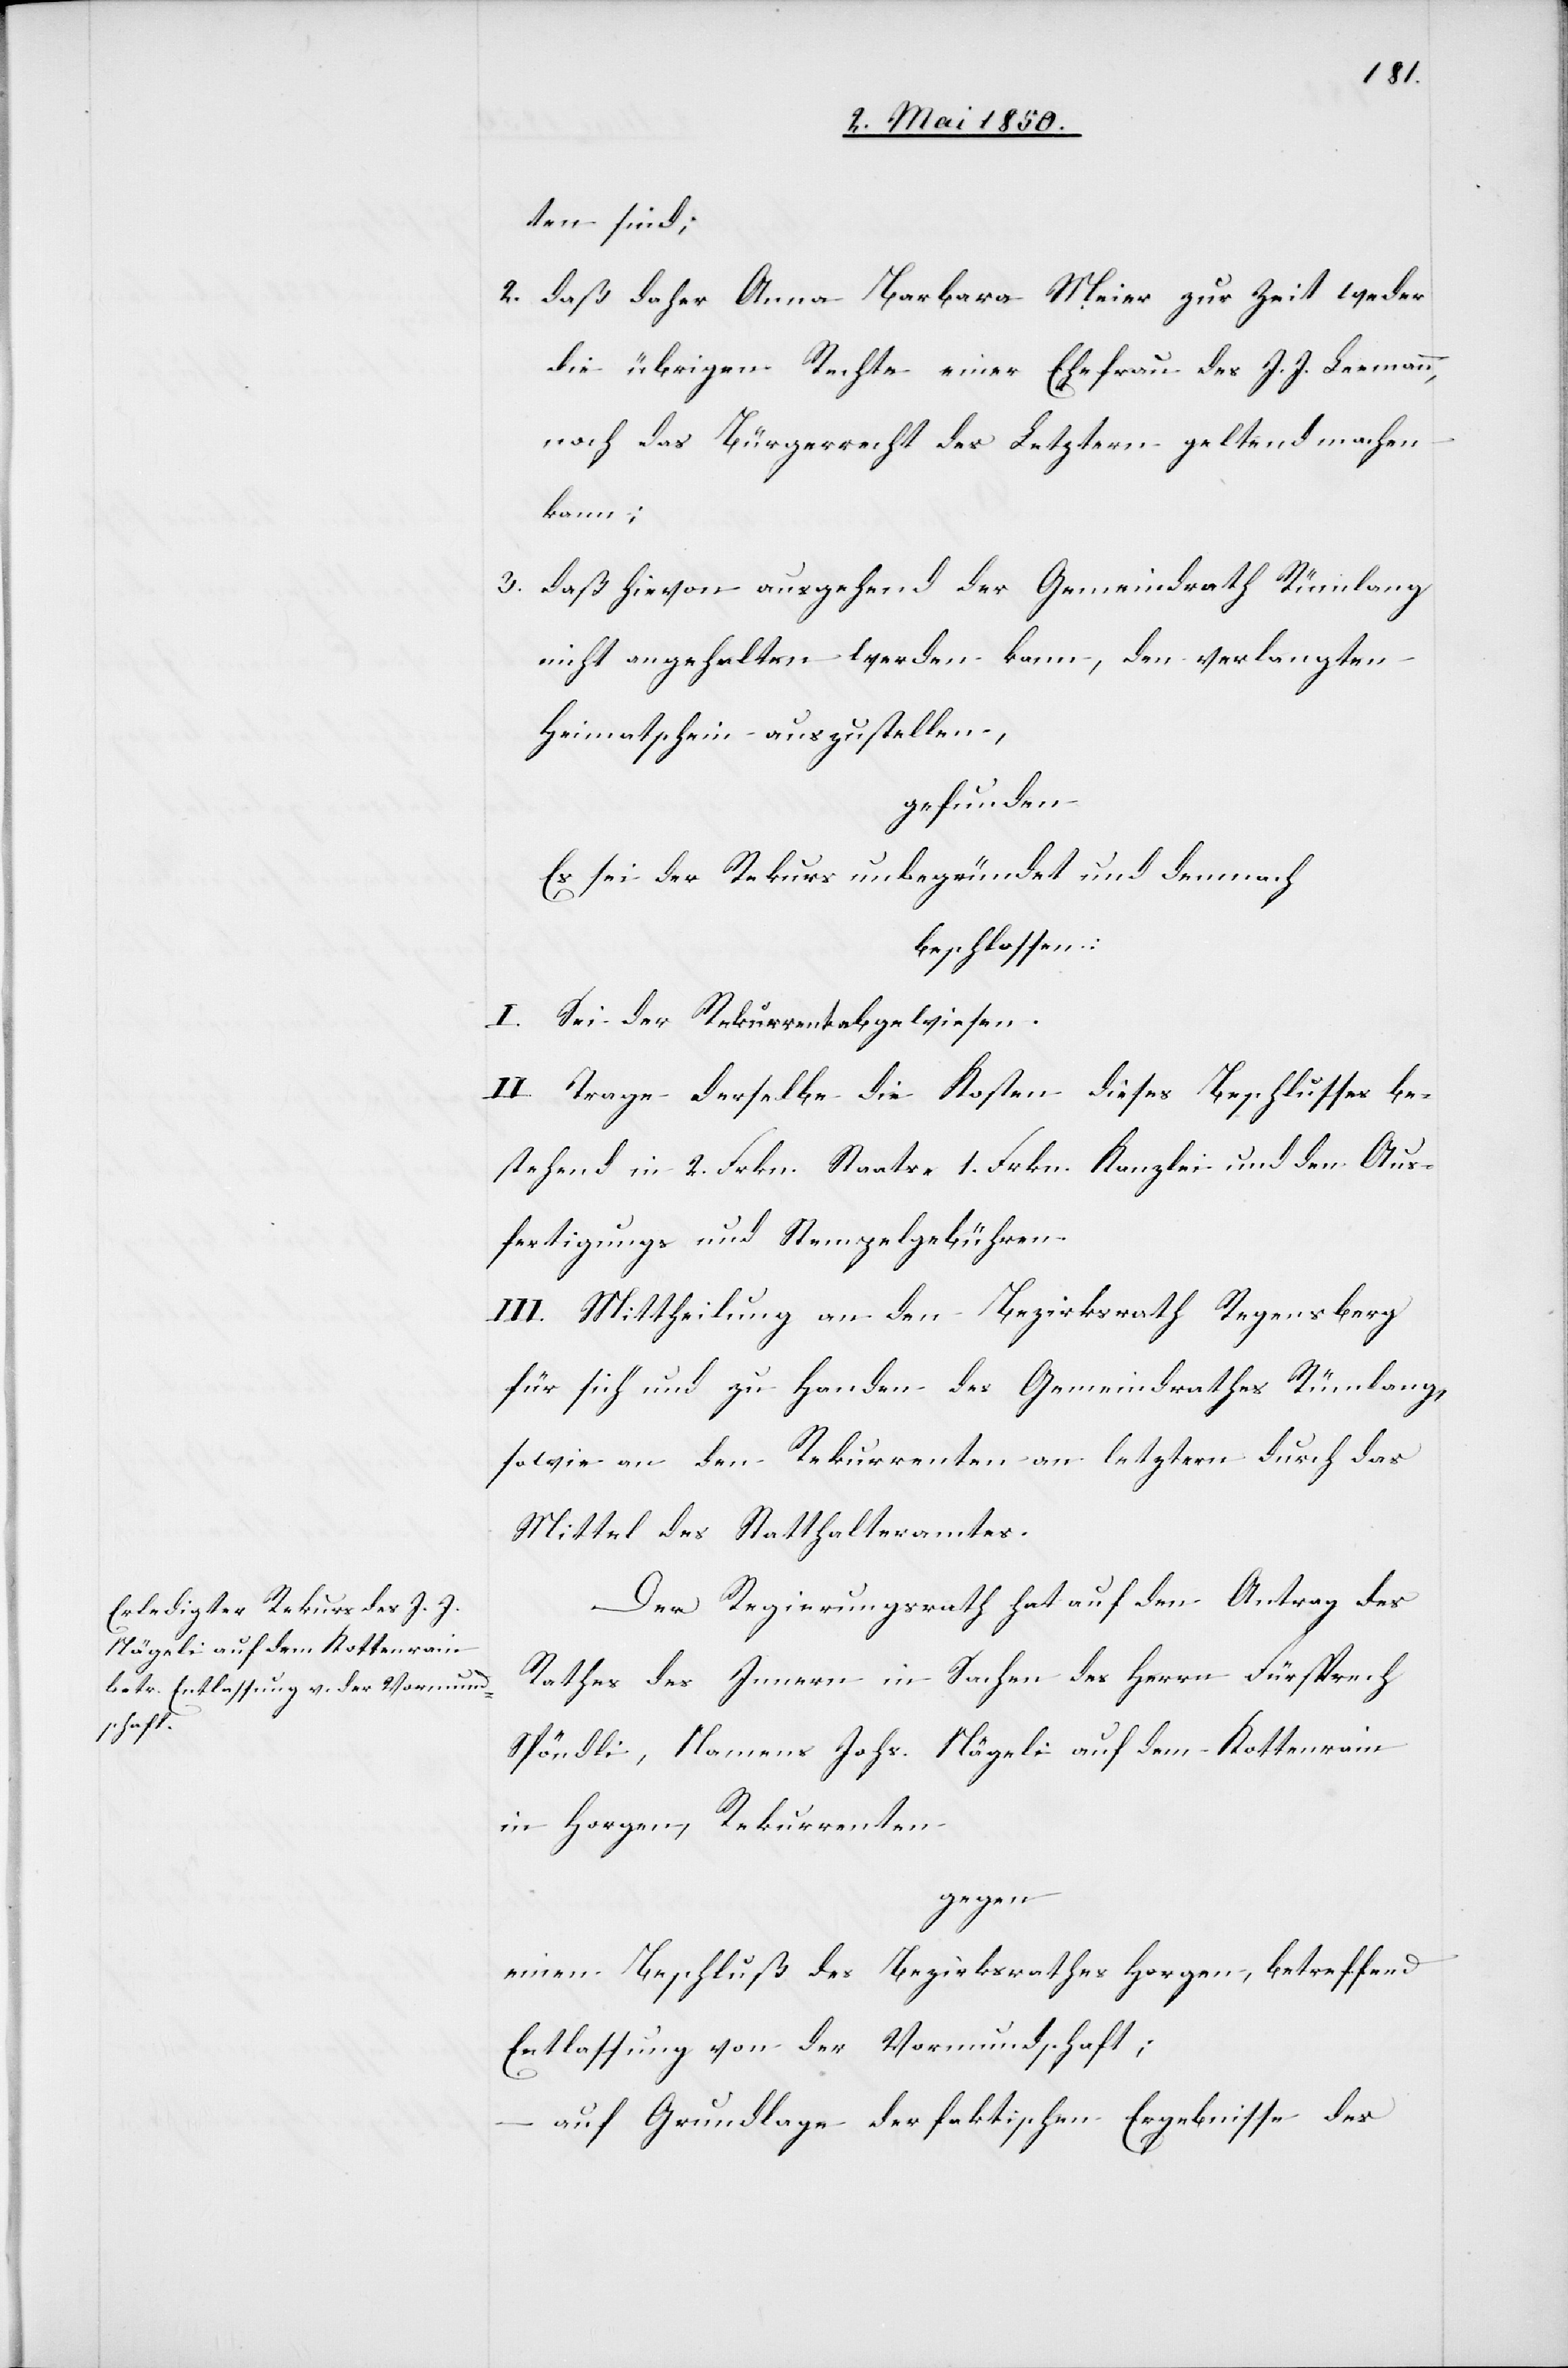
ten sind;
2. daß daher Anna Barbara Meier zur Zeit weder
die übrigen Rechte einer Ehefrau des J. J. Leemann,
noch das Bürgerrecht des Letztern geltend machen
kann;
3. daß hievon ausgehend der Gemeindrath Rümlang
nicht angehalten werden kann, den verlangten
Heimatschein auszustellen,
gefunden
Es sei der Rekurs unbegründet und demnach
beschlossen:
I. Sei der Rekurrent abgewiesen.
II Trage derselbe die Kosten dieses Beschlusses be¬
stehend in 2. Frkn. Staats-[,] 1. Frkn. Kanzlei- und den Aus¬
fertigungs[-] und Stempelgebühren.
III. Mittheilung an den Bezirksrath Regensberg
für sich und zu Handen des Gemeindrathes Rümlang,
sowie an den Rekurrenten an letztern durch das
Mittel des Statthalteramtes.
Der Regierungsrath hat auf den Antrag des
Rathes des Innern in Sachen des Herrn Fürsprech
Spöndli, Namens Johs. Nägeli auf dem Kottenrain
in Horgen, Rekurrenten
gegen
einen Beschluß des Bezirksrathes Horgen, betreffend
Entlassung von der Vormundschaft;
auf Grundlage der faktischen Ergebnisse des